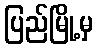
ပြည်မြို့မှ